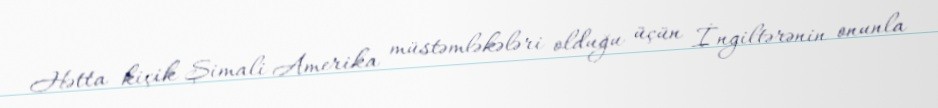
Hətta kiçik Şimali Amerika müstəmləkələri olduğu üçün İngiltərənin onunla